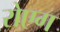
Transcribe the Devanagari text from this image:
रोएग